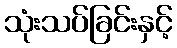
သုံးသပ်ခြင်းနှင့်